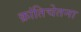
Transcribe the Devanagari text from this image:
क्रांतिचेतना